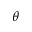
\theta